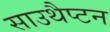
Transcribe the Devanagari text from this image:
साउथैप्टन